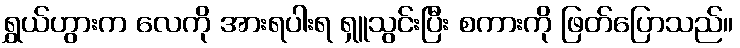
ရွှယ်ဟွားက လေကို အားရပါးရ ရှူသွင်းပြီး စကားကို ဖြတ်ပြောသည်။